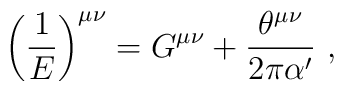
\left(\frac{1}{E}\right)^{\mu\nu} =G^{\mu\nu}+\frac{\theta^{\mu\nu}}{2\pi\alpha'}~,